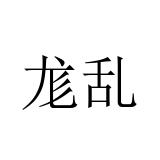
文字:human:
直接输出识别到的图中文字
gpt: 尨乱